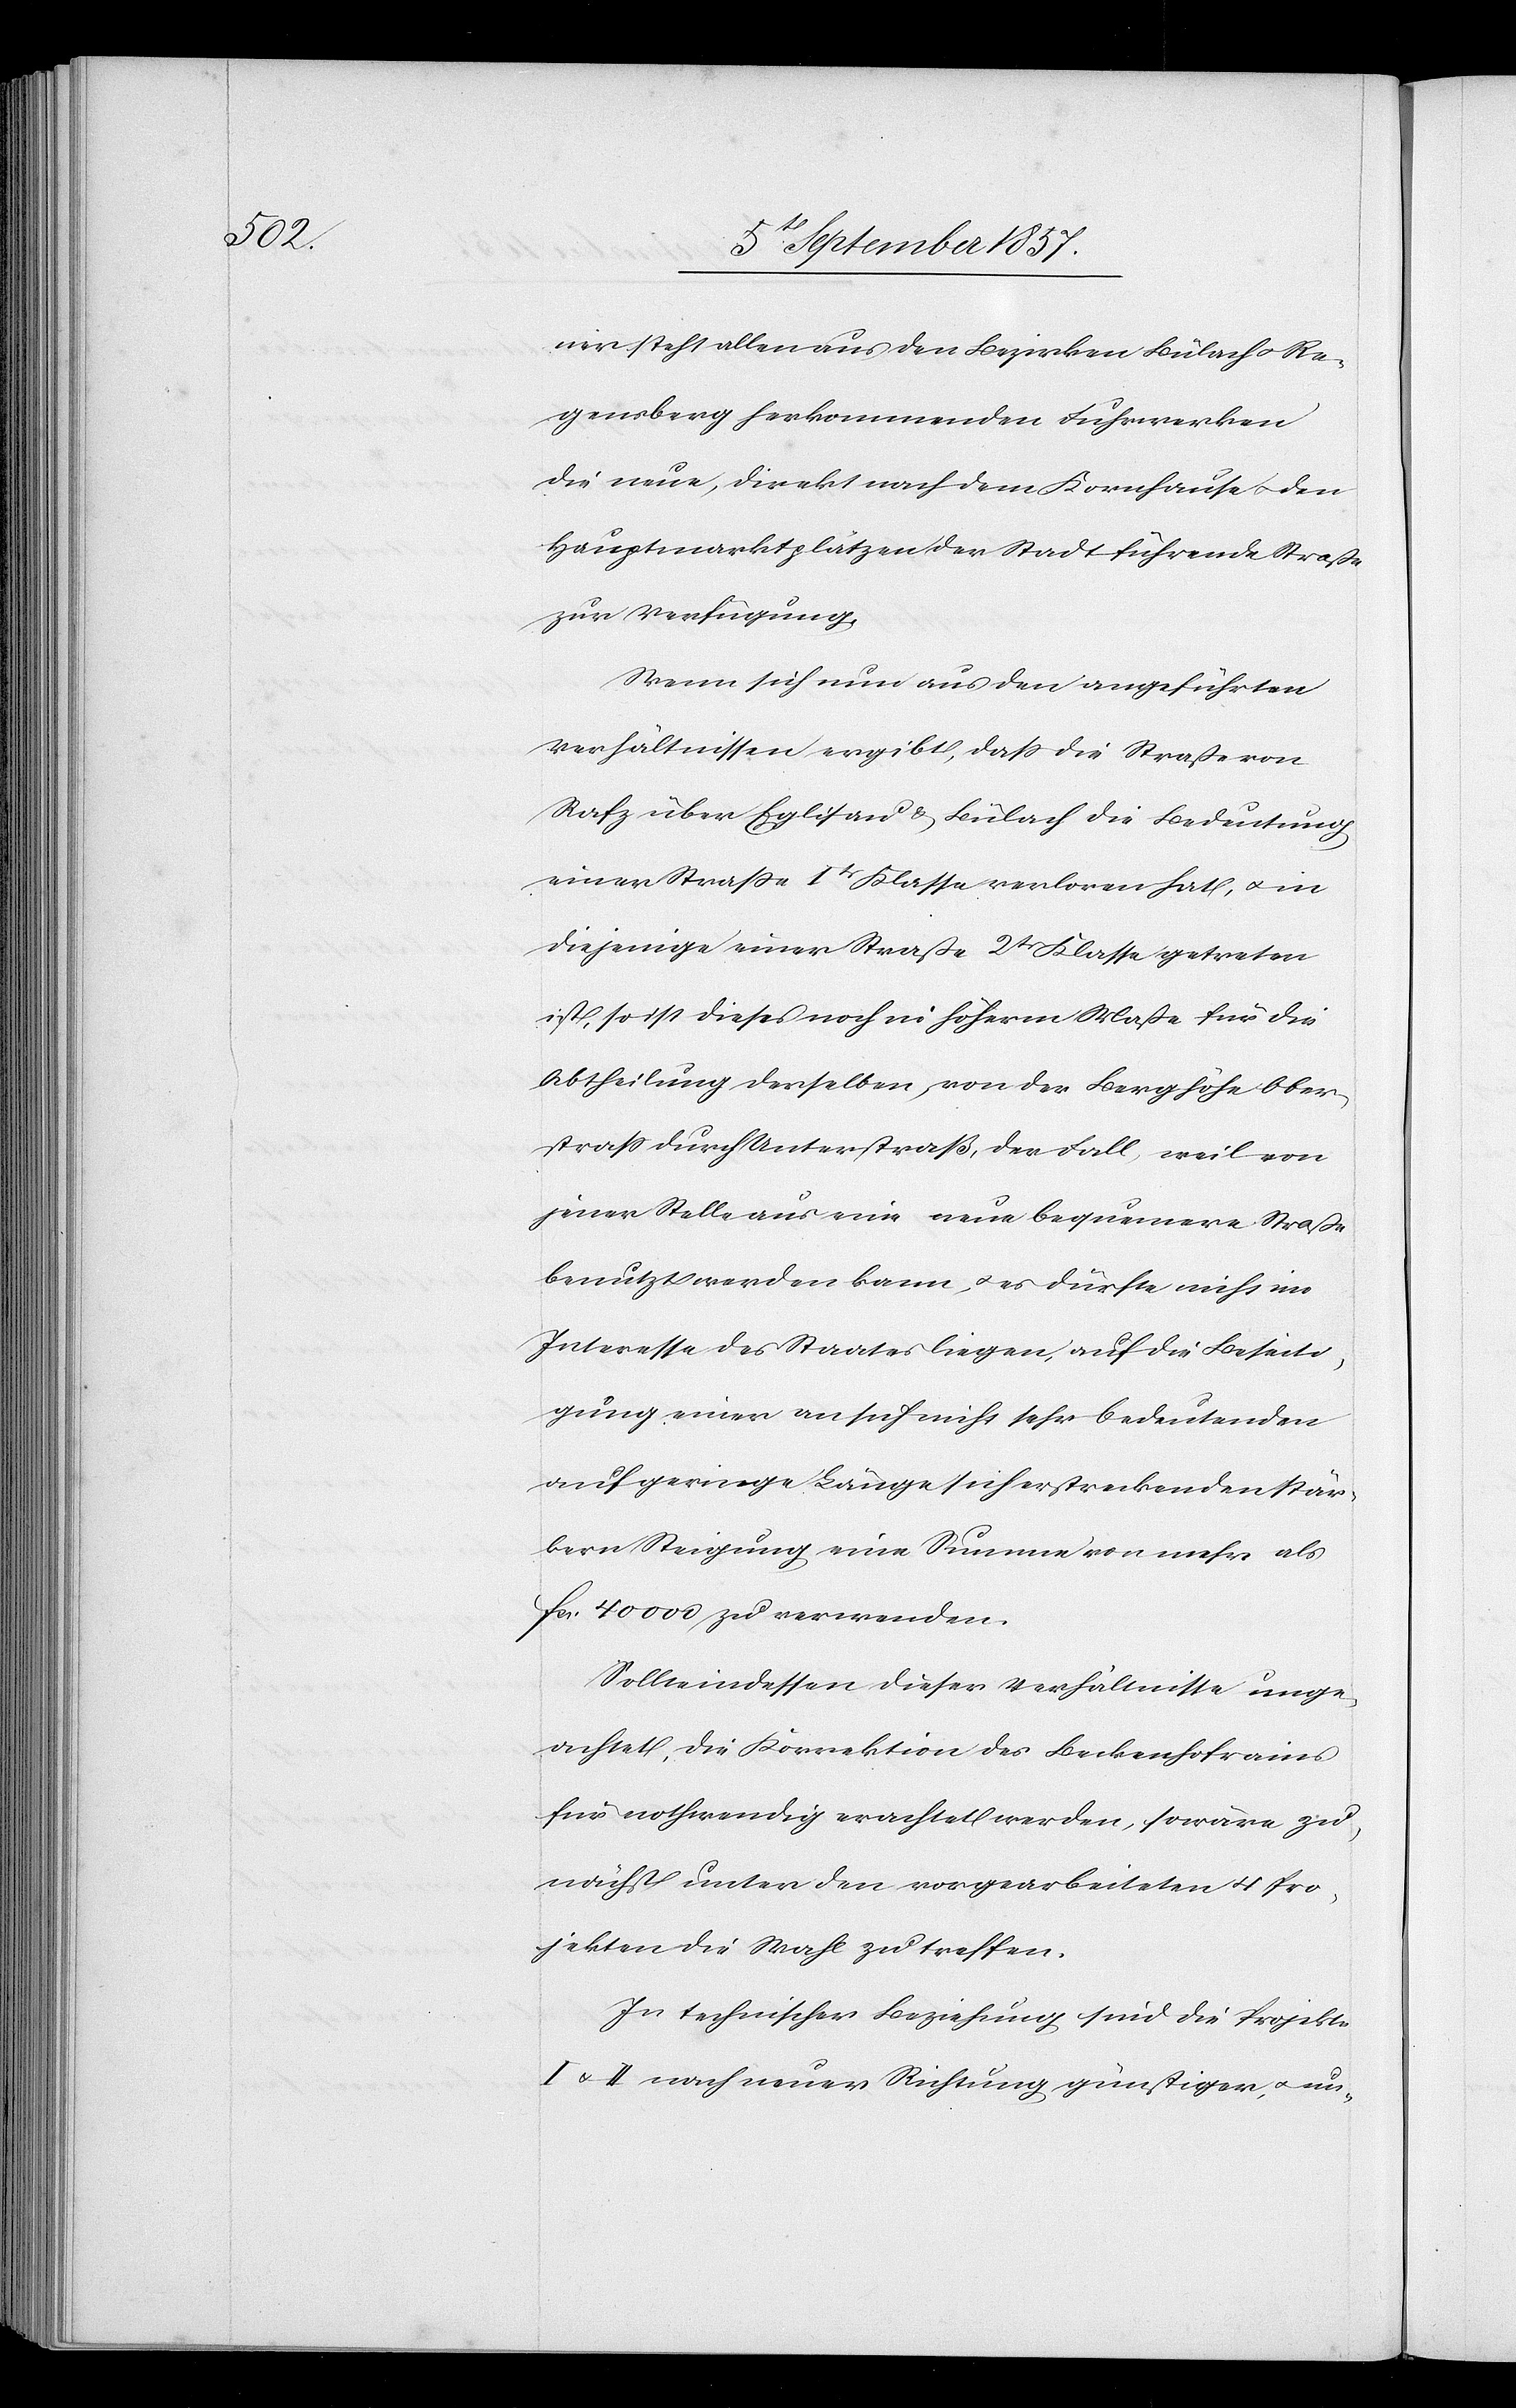
ner steht allen aus den Bezirken Bülach & Re¬
gensberg herkommenden Fuhrwerken
die neue, direkt nach dem Kornhause & den
Hauptmarktplätzen der Stadt führende Straße
zur Verfügung.
Wenn sich nun aus den angeführten
Verhältnissen ergibt, daß die Straße von
Rafz über Eglisau & Bülach die Bedeutung
einer Straße Itr Klasse verloren hat, & in
diejenige einer Straße 2tr Klasse getreten
ist, so ist dieses noch in höherm Maße für die
Abtheilung derselben, von der Berghöhe Ober¬
straß durch Unterstraß, der Fall, weil von
jener Stelle aus eine neue bequemere Straße
benutzt werden kann, & es dürfte nicht im
Interesse des Staates liegen, auf die Beseiti¬
gung einer an sich nicht sehr bedeutenden
auf geringe Lage sich erstreckenden stär¬
kern Steigung eine Summe von mehr als
fcs. 40 000 zu verwenden.
Sollte indessen dieser Verhältnisse unge¬
achtet, die Korrektion des Beckenhofrains
für nothwendig erachtet werden, so wäre, zu¬
nächst unter den vorgearbeiteten 4 Pro¬
jekten die Wahl zu treffen.
In technischer Beziehung sind die Projekte
I & II nach neuer Richtung günstiger, & un-